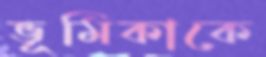
ভূমিকাকে